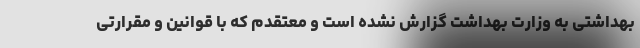
بهداشتی به وزارت بهداشت گزارش نشده است و معتقدم که با قوانین و مقرارتی